Senior Leaving Certificate Examination (including Day School Certificate (Higher) General paper), 1949
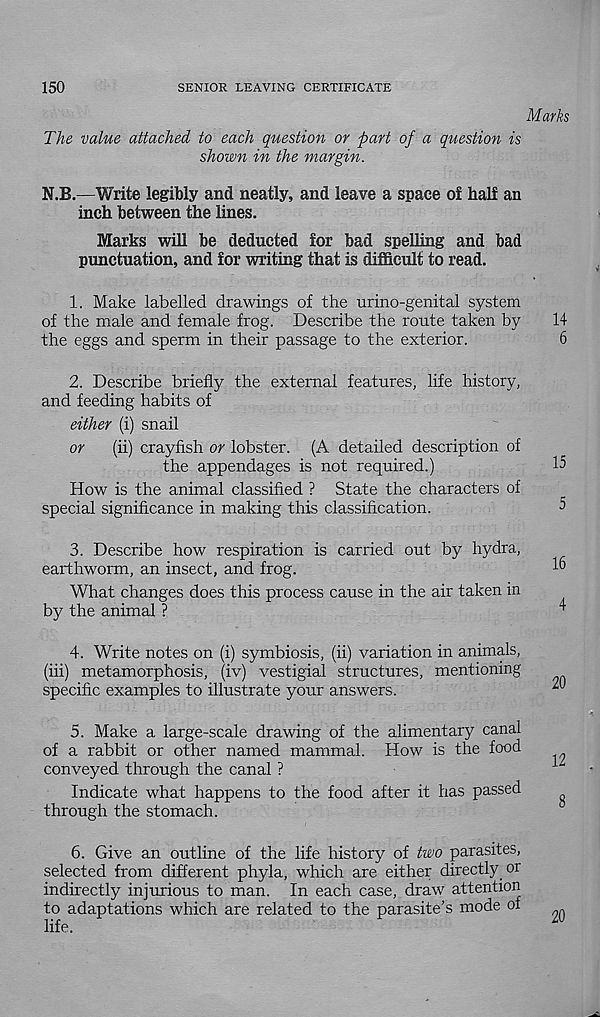
150
SENIOR LEAVING CERTIFICATE
Marks
The value attached to each question or part of a question is
shown in the margin.
N.B.—Write legibly and neatly, and leave a space of half an
inch between the lines.
Marks will be deducted for bad spelling and bad
punctuation, and for writing that is difficult to read.
1. Make labelled drawings of the urino-genital system
of the male and female frog. Describe the route taken by
14
the eggs and sperm in their passage to the exterior.
6
2. Describe briefly the external features, life history,
and feeding habits of
either (i) snail
or
(ii) crayfish or lobster. (A detailed description of
the appendages is not required.)
How is the animal classified ? State the characters of
special significance in making this classification.
3. Describe how respiration is carried out by hydra,
earthworm, an insect, and frog.
What changes does this process cause in the air taken in
by the animal ?
4. Write notes on (i) symbiosis, (ii) variation in animals,
(hi) metamorphosis, (iv) vestigial structures, mentioning
specific examples to illustrate your answers.
5. Make a large-scale drawing of the alimentary canal
of a rabbit or other named mammal. How is the food
conveyed through the canal ?
Indicate what happens to the food after it has passed
through the stomach.
6. Give an outline of the life history of two parasites,
selected from different phyla, which are either directly_ or
indirectly injurious to man. In each case, draw attention
to adaptations which are related to the parasite’s mode of
life.
20